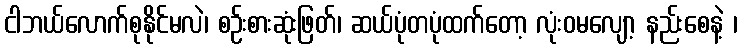
ငါဘယ်လောက်စုနိုင်မလဲ၊ စဉ်းစားဆုံးဖြတ်၊ ဆယ်ပုံတပုံထက်တော့ လုံးဝမလျော့ နည်းစေနဲ့ ၊